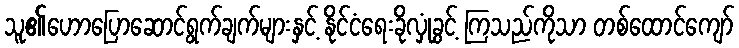
သူ၏ဟောပြောဆောင်ရွက်ချက်များနှင့် နိုင်ငံရေးခိုလှုံခွင့် ကြသည်ကိုသာ တစ်ထောင်ကျော်